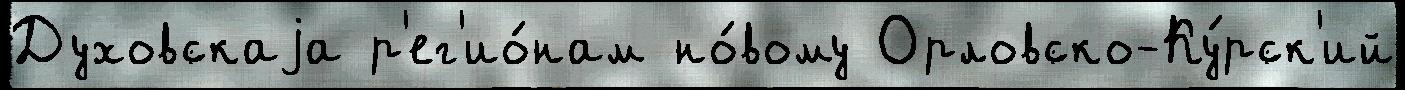
Духовскаjа р'ег'ио́нам но́вому Орловско-Ку́рск'ий